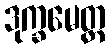
ဒုက္ခမေတ္ထ